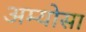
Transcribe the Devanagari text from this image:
अम्योसा